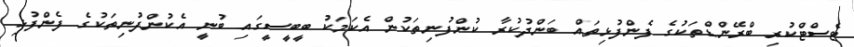
ޓެސްޓްކުރި ބްރޭންޑްތަކުގެ ފެންފުޅިތައް ބަންދުކުރާ ކުންފުނިތަކުން އެކަމަކު ބީބީސީގައި ބުނީ އެކުންފުނިތަކުގެ ފެންފުޅި